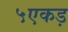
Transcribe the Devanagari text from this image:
५एकड़